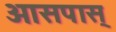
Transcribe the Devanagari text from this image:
आसपास्